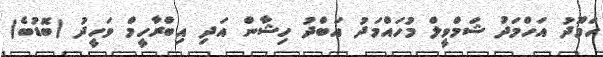
ހަމޫދު އަހްމަދު ޝަމްވީލް މުހައްމަދު އަބްދު ހިޝާން އަދި އިބްރާހީމް ވަހީދު (ބޮޑުބެ)